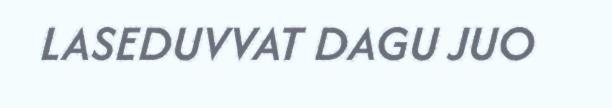
LASEDUVVAT DAGU JUO